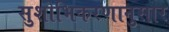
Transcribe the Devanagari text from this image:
सुशोभिकरणानुसार